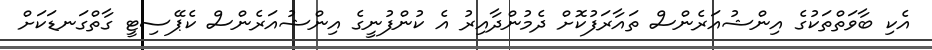
އެކި ބާވަތްތަކުގެ އިންޝުއަރެންސް ތައާރަފުކޮށް ދެމުންދާއިރު އެ ކުންފުނީގެ އިންޝުއަރެންސް ކެޕޭސިޓީ ގާތްގަނޑަކަށް